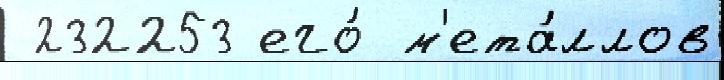
 232253 его́ м'ета́ллов